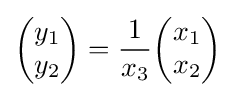
{\begin{pmatrix}y_{1}\\y_{2}\end{pmatrix}}={\frac {1}{x_{3}}}{\begin{pmatrix}x_{1}\\x_{2}\end{pmatrix}}